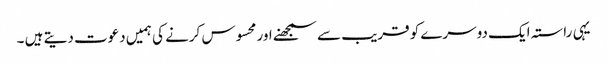
یہی راستہ ایک دوسرے کو قریب سے سمجھنے اور محسوس کرنے کی ہمیں دعوت دیتے ہیں ۔